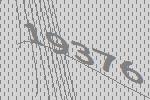
19376